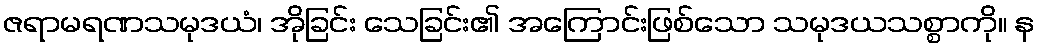
ဇရာမရဏသမုဒယံ၊ အိုခြင်း သေခြင်း၏ အကြောင်းဖြစ်သော သမုဒယသစ္စာကို။ န